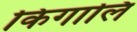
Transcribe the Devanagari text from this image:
किगालि